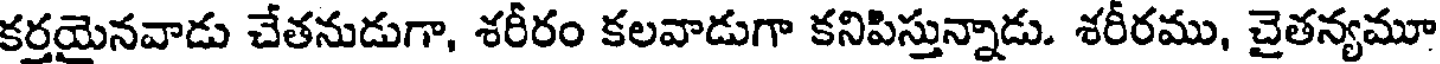
కర్తయైనవాడు చేతనుడుగా, శరీరం కలవాడుగా కనిపిస్తున్నాడు. శరీరము, చైతన్యమూ